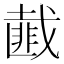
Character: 𢨆